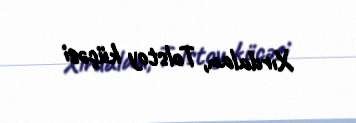
Xırdalan, Tolstoy küçəsi